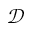
\mathcal { D }